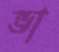
ভা